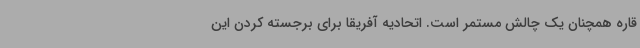
قاره همچنان یک چالش مستمر است. اتحادیه آفریقا برای برجسته کردن این